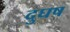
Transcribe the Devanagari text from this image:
दुघष